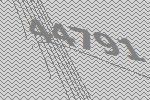
44791